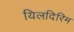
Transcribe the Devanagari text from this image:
यिलदिरिम